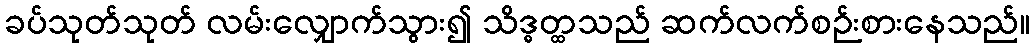
ခပ်သုတ်သုတ် လမ်းလျှောက်သွား၍ သိဒ္ဓတ္ထသည် ဆက်လက်စဉ်းစားနေသည်။